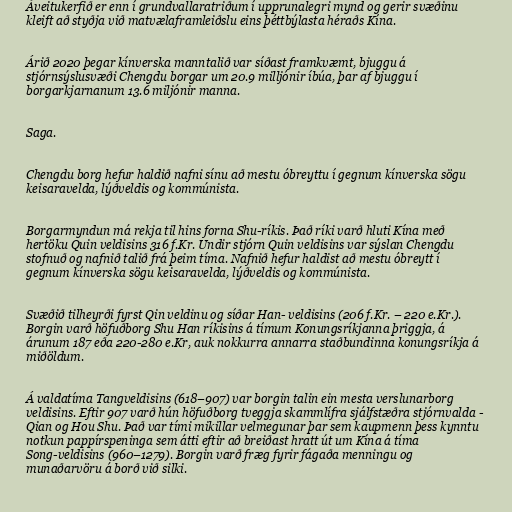
Áveitukerfið er enn í grundvallaratriðum í upprunalegri mynd og gerir svæðinu
kleift að styðja við matvælaframleiðslu eins þéttbýlasta héraðs Kína.

Árið 2020 þegar kínverska manntalið var síðast framkvæmt, bjuggu á
stjórnsýslusvæði Chengdu borgar um 20.9 milljónir íbúa, þar af bjuggu í
borgarkjarnanum 13.6 miljónir manna.

Saga.

Chengdu borg hefur haldið nafni sínu að mestu óbreyttu í gegnum kínverska sögu
keisaravelda, lýðveldis og kommúnista.

Borgarmyndun má rekja til hins forna Shu-ríkis. Það ríki varð hluti Kína með
hertöku Quin veldisins 316 f.Kr. Undir stjórn Quin veldisins var sýslan Chengdu
stofnuð og nafnið talið frá þeim tíma. Nafnið hefur haldist að mestu óbreytt í
gegnum kínverska sögu keisaravelda, lýðveldis og kommúnista.

Svæðið tilheyrði fyrst Qin veldinu og síðar Han- veldisins (206 f.Kr. – 220 e.Kr.).
Borgin varð höfuðborg Shu Han ríkisins á tímum Konungsríkjanna þriggja, á
árunum 187 eða 220-280 e.Kr, auk nokkurra annarra staðbundinna konungsríkja á
miðöldum.

Á valdatíma Tangveldisins (618–907) var borgin talin ein mesta verslunarborg
veldisins. Eftir 907 varð hún höfuðborg tveggja skammlífra sjálfstæðra stjórnvalda -
Qian og Hou Shu. Það var tími mikillar velmegunar þar sem kaupmenn þess kynntu
notkun pappírspeninga sem átti eftir að breiðast hratt út um Kína á tíma
Song-veldisins (960–1279). Borgin varð fræg fyrir fágaða menningu og
munaðarvöru á borð við silki.